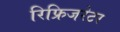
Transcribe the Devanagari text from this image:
रिफ्रिजरेटर